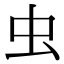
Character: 虫